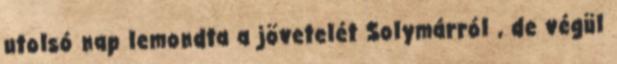
utolsó nap lemondta a jövetelét Solymárról , de végül